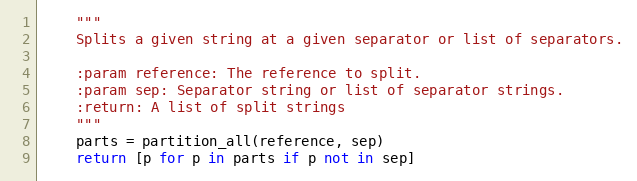
Language: Python
    """
    Splits a given string at a given separator or list of separators.

    :param reference: The reference to split.
    :param sep: Separator string or list of separator strings.
    :return: A list of split strings
    """
    parts = partition_all(reference, sep)
    return [p for p in parts if p not in sep]